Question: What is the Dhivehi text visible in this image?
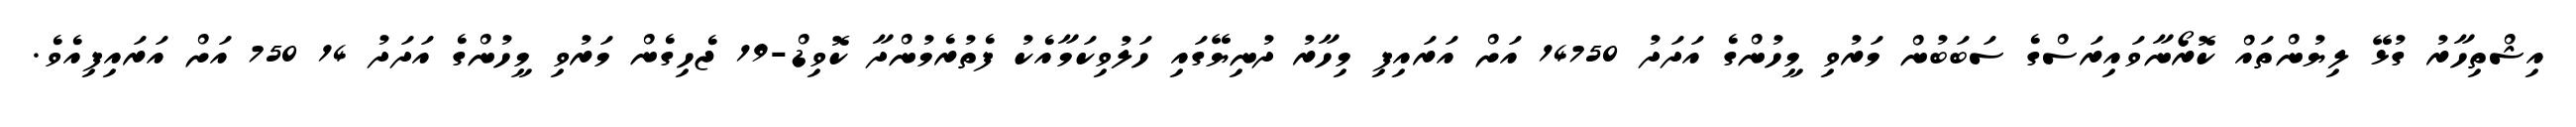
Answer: އިޝްތިހާރު ގުޅޭ ލިޔުންތައް ކޮރޯނާވައިރަސްގެ ސަބަބުން މަރުވި މީހުންގެ އަދަދު 14750 އަށް އަރައިފި މިހާރު ދުނިޔޭގައި ހަލުވިކަމާއެކު ފެތުރެމުންދާ ކޮވިޑް-19 ޖެހިގެން މަރުވި މީހުންގެ އަދަދު 14 750 އަށް އަރައިފިއެވެ.